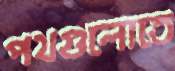
পথগুলোতে